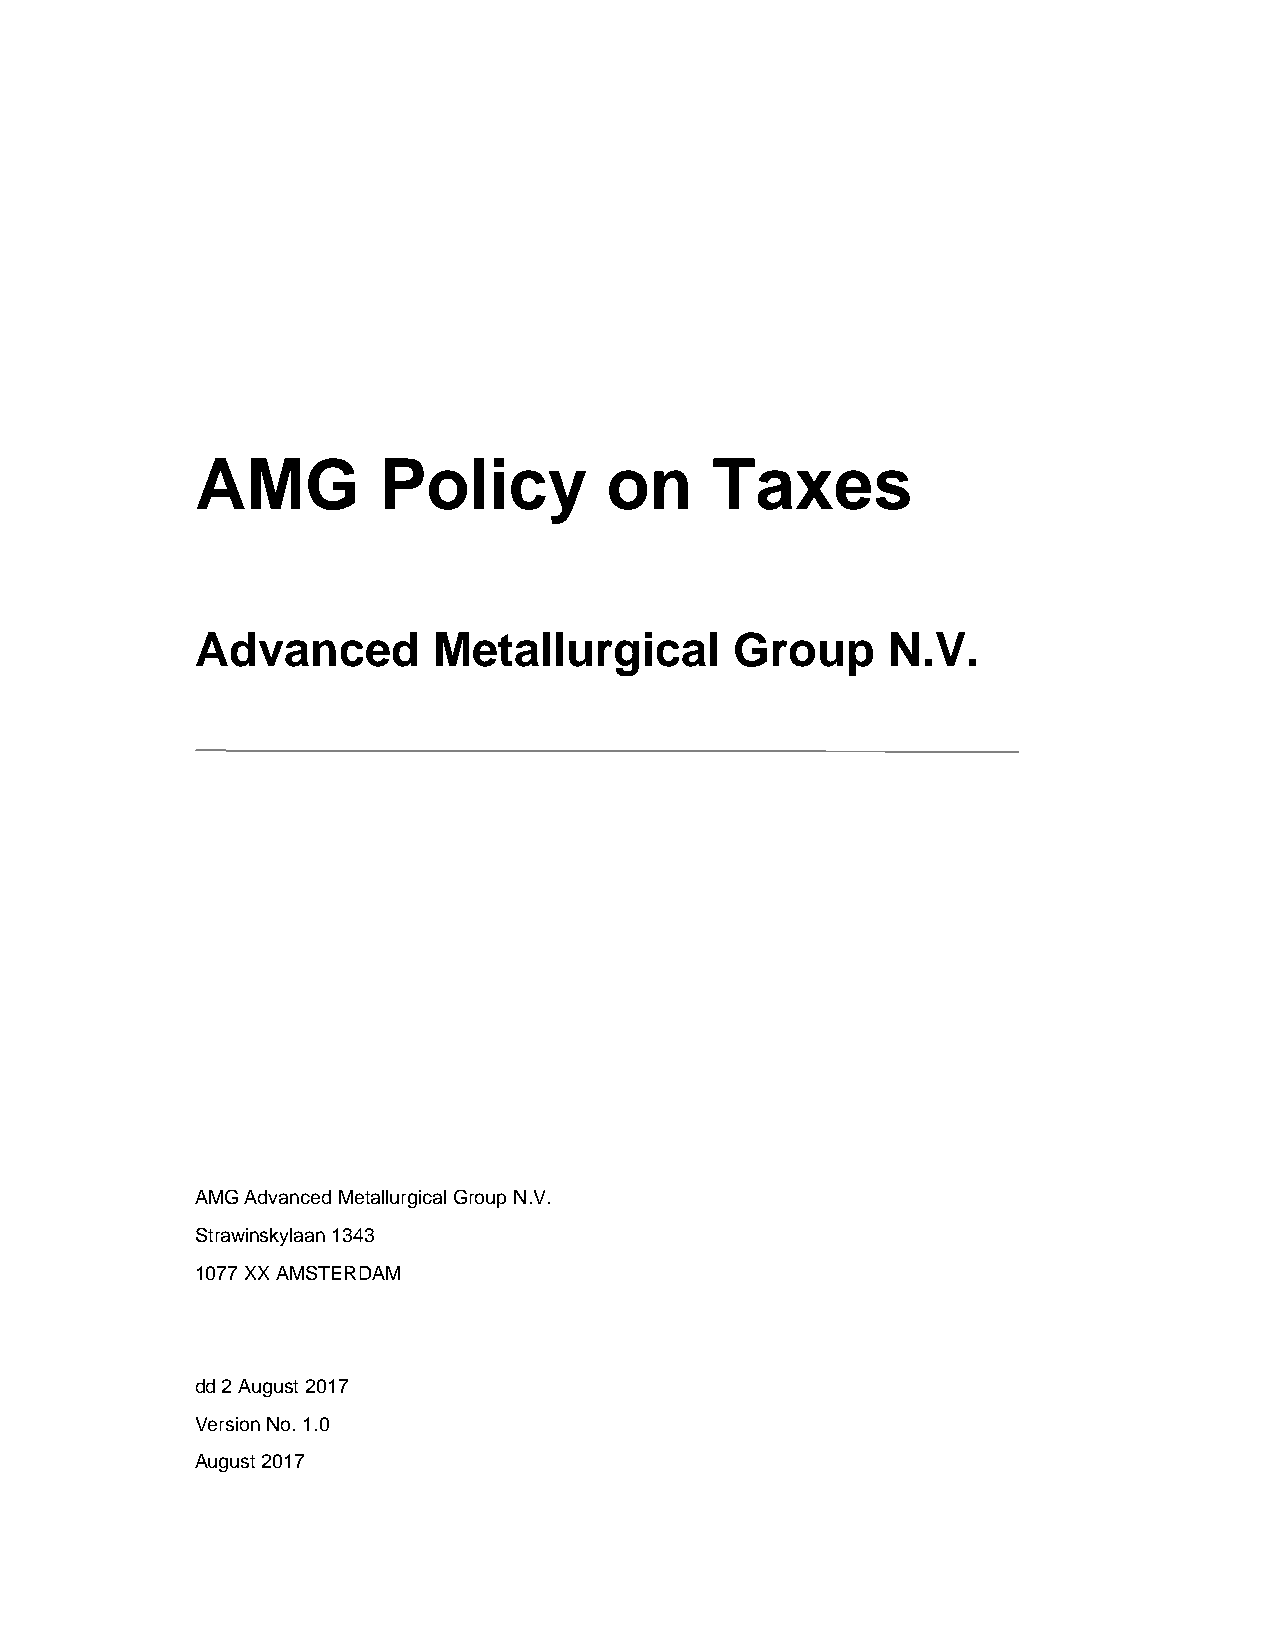
AMG         Policy         on     Taxes
 Advanced        Metallurgical       Group     N.V.
 AMG Advanced Metallurgical Group N.V.
 Strawinskylaan 1343
 1077 XX AMSTERDAM
 dd 2 August 2017
 Version No. 1.0
 August 2017